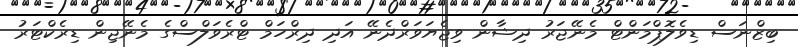
ބިޒްނަސް ޑިވެލޮޕްމަންޓް މެނޭޖަރު ދިޝާން ވިޖެޔަވަރްދެނޭ އަދި ދިރްހަމް ޓްރެވަލްސްގެ މެނޭޖިން ޑިރެކްޓަރު